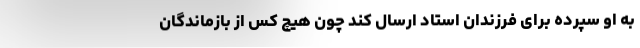
به او سپرده برای فرزندان استاد ارسال کند چون هیچ کس از بازماندگان